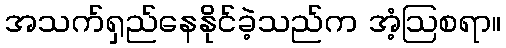
အသက်ရှည်နေနိုင်ခဲ့သည်က အံ့ဩစရာ။